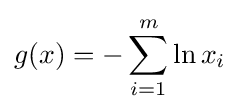
g(x)=-\sum _{i=1}^{m}\ln x_{i}